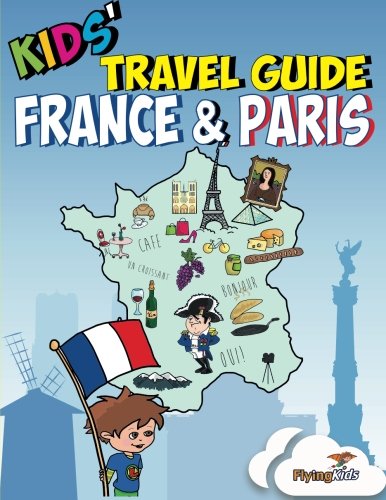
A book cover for Kids' Travel Guide - France & Paris: Kids enjoy the best of France and the most exciting sights in Paris with fascinating facts, fun activities, ... Leonardo! (Kids' Travel Guides) (Volume 3); Shira Halperin; Travel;